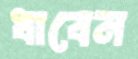
ধাবেন